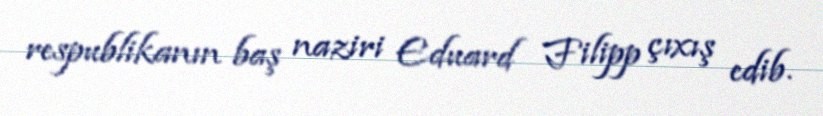
respublikanın baş naziri Eduard Filipp çıxış edib.